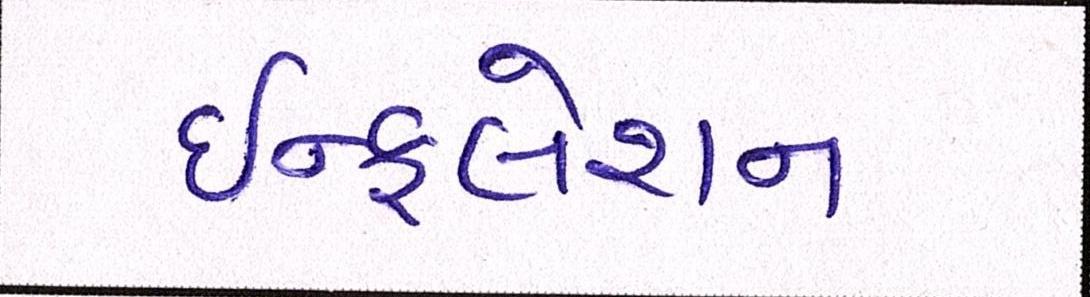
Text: ઇન્ફલેશન